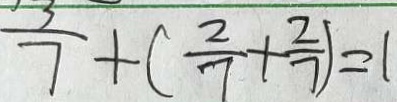
\frac { 3 } { 7 } + ( \frac { 2 } { 7 } + \frac { 2 } { 7 } ) = 1